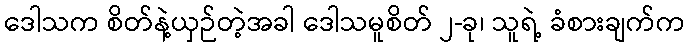
ဒေါသက စိတ်နဲ့ယှဉ်တဲ့အခါ ဒေါသမူစိတ် ၂-ခု၊ သူရဲ့ ခံစားချက်က